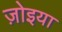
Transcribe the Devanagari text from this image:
ज़ोइया